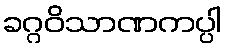
ခဂ္ဂဝိသာဏကပ္ပါ